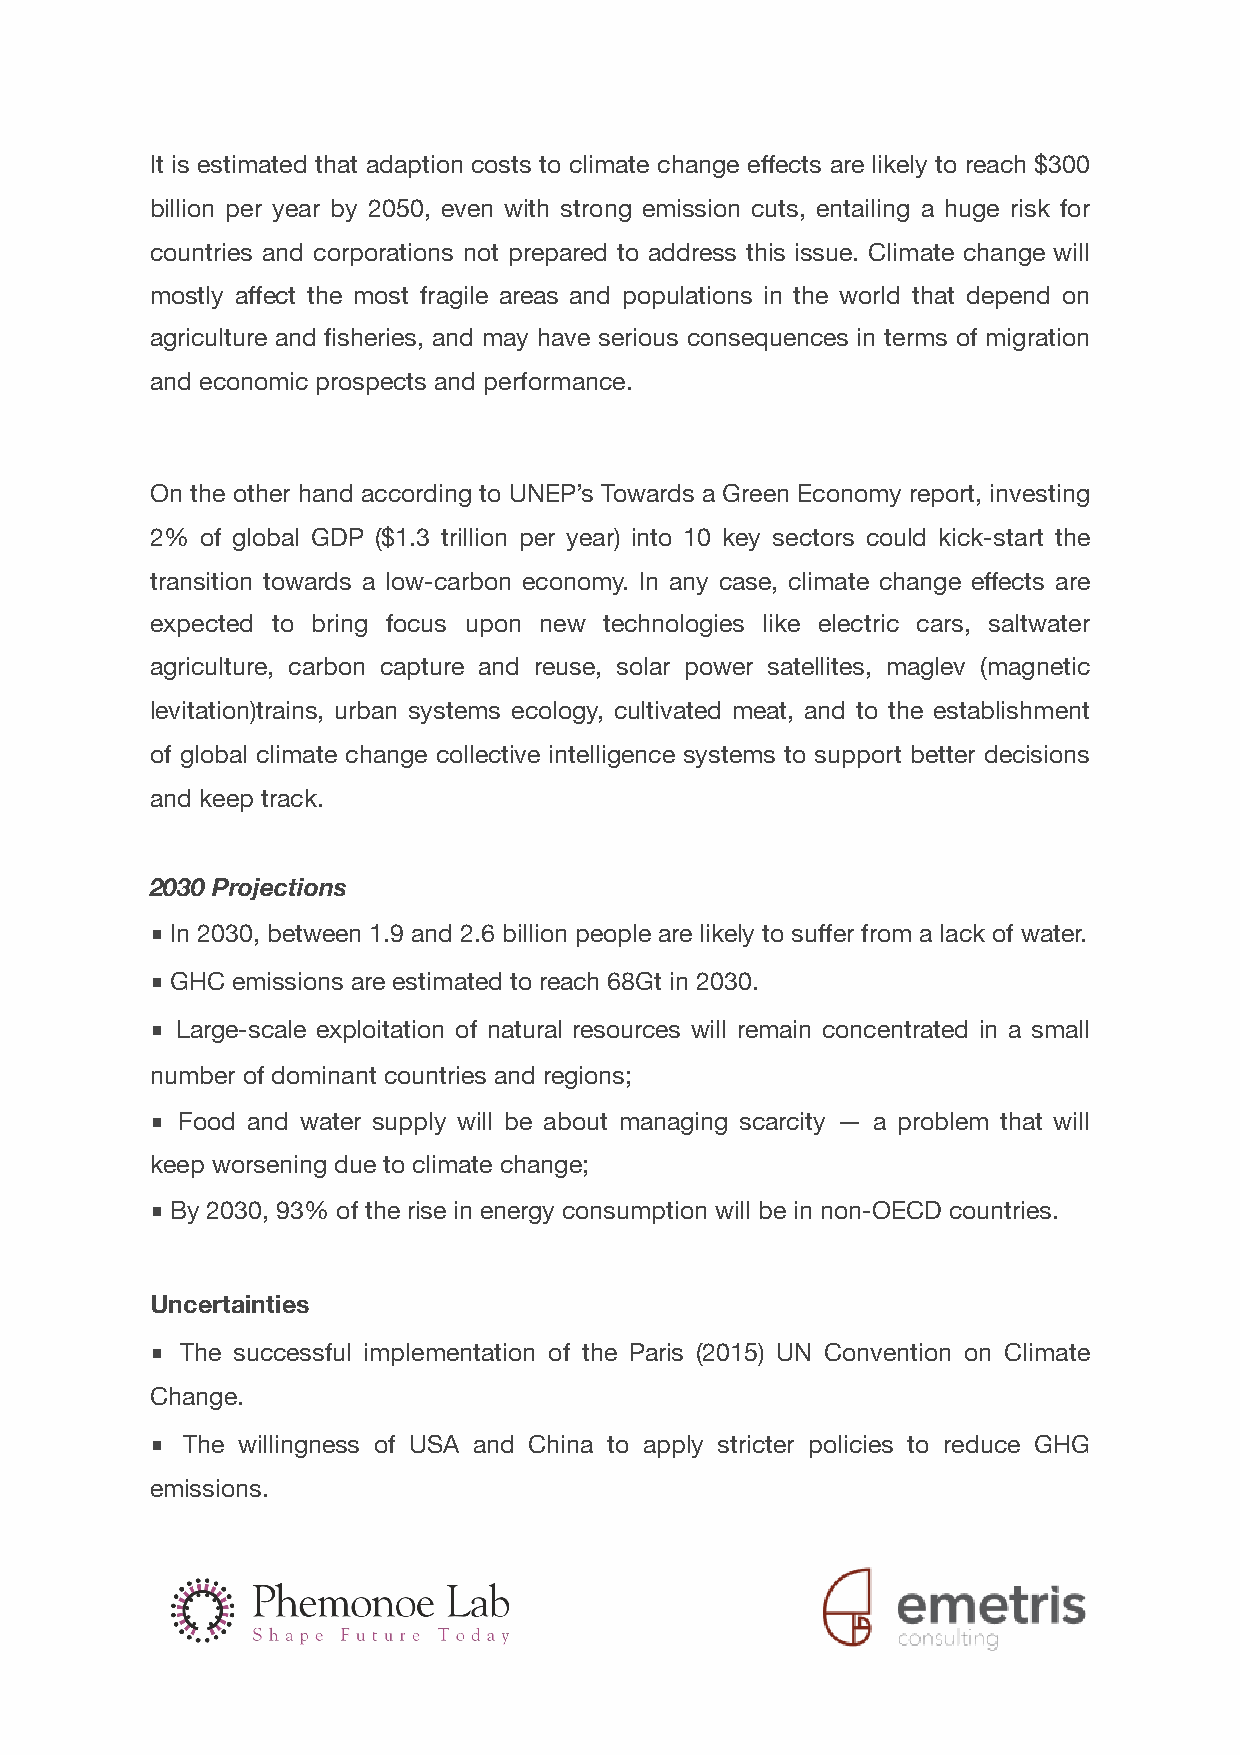
It is estimated that adaption costs to climate change effects are likely to reach $300
 billion per year by 2050, even with strong emission cuts, entailing a huge risk for
 countries and corporations not prepared to address this issue. Climate change will
 mostly affect the most fragile areas and populations in the world that depend on
 agriculture and fisheries, and may have serious consequences in terms of migration
 and economic prospects and performance.
 On the other hand according to UNEP’s Towards a Green Economy report, investing
 2% of global GDP ($1.3 trillion per year) into 10 key sectors could kick-start the
 transition towards a low-carbon economy. In any case, climate change effects are
 expected to bring focus upon new technologies like electric cars, saltwater
 agriculture, carbon capture and reuse, solar power satellites, maglev (magnetic
 levitation)trains, urban systems ecology, cultivated meat, and to the establishment
 of global climate change collective intelligence systems to support better decisions
 and keep track.
 2030 Projections
 ■ In 2030, between 1.9 and 2.6 billion people are likely to suffer from a lack of water.
 ■ GHC emissions are estimated to reach 68Gt in 2030.
 ■ Large-scale exploitation of natural resources will remain concentrated in a small
 number of dominant countries and regions;
 ■ Food and water supply will be about managing scarcity — a problem that will
 keep worsening due to climate change;
 ■ By 2030, 93% of the rise in energy consumption will be in non-OECD countries.
 Uncertainties
 ■ The successful implementation of the Paris (2015) UN Convention on Climate
 Change.
 ■ The willingness of USA and China to apply stricter policies to reduce GHG
 emissions.